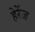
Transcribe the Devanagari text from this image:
हेरेंज